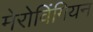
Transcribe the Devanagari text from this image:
मेरोविंगियन